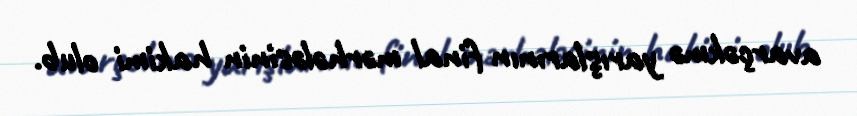
avarçəkmə yarışlarının final mərhələsinin hakimi olub.